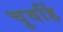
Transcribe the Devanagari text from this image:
चुवहिं